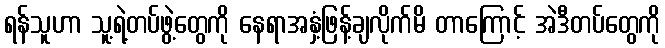
ရန်သူဟာ သူ့ရဲ့တပ်ဖွဲ့တွေကို နေရာအနှံ့ဖြန့်ချလိုက်မိ တာကြောင့် အဲဒီတပ်တွေကို